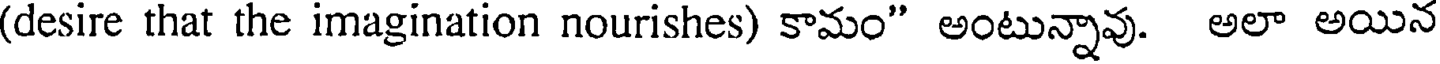
(desire that the imagination nourishes) కామం" అంటున్నావు. అలా అయిన